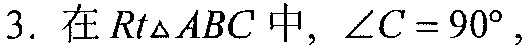
3. 在$Rt\triangle ABC$中，$\angle C = 90^{\circ}$，